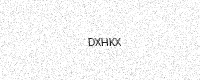
Text: DXHKX